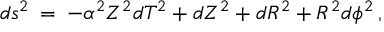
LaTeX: d s ^ { 2 } \: = \: - \alpha ^ { 2 } Z ^ { 2 } d T ^ { 2 } + d Z ^ { 2 } + d R ^ { 2 } + R ^ { 2 } d \phi ^ { 2 } \, ,